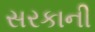
સરકાની